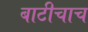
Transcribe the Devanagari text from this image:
बाटीचाच